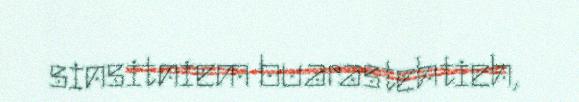
sinsitniem buarastehtieh,